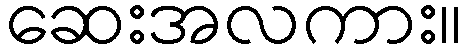
ဆေးအလကား။